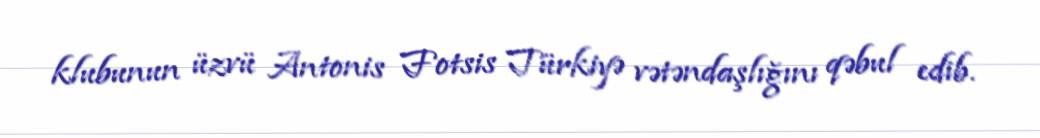
klubunun üzvü Antonis Fotsis Türkiyə vətəndaşlığını qəbul edib.